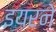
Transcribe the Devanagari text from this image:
इयरने